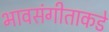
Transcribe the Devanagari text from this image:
भावसंगीताकडे